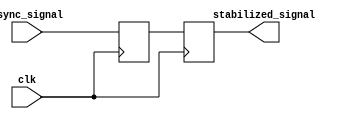
module TwoFFMetastabilityDetector (
    input wire clk,            // Synchronous clock input
    input wire async_signal,   // Asynchronous signal input
    output reg stabilized_signal // Stabilized signal output
);

    // Intermediate signal to hold the output of the first flip-flop
    reg ff1_out;

    // First flip-flop
    always @(posedge clk) begin
        ff1_out <= async_signal; // Capture async_signal on rising edge of clk
    end

    // Second flip-flop
    always @(posedge clk) begin
        stabilized_signal <= ff1_out; // Capture output of FF1 on next rising edge of clk
    end

endmodule